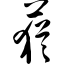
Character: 莸